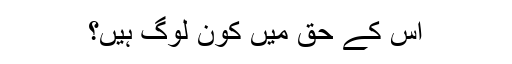
اس کے حق میں کون لوگ ہیں؟